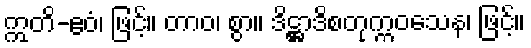
ဣတိ-ဧဝံ၊ ဖြင့်။ တာဝ၊ စွာ။ ဒိဋ္ဌာဒိစတုက္ကဝသေန၊ ဖြင့်။